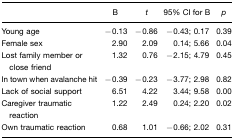
<table><thead><tr><td></td><td><b>B</b></td><td><b><i>t</i></b></td><td><b>95% CI for B</b></td><td><b><i>p</i></b></td></tr></thead><tbody><tr><td>Young age</td><td>−0.13</td><td>−0.86</td><td>−0.43; 0.17</td><td>0.39</td></tr><tr><td>Female sex</td><td>2.90</td><td>2.09</td><td>0.14; 5.66</td><td>0.04</td></tr><tr><td>Lost family member or close friend</td><td>1.32</td><td>0.76</td><td>−2.15; 4.79</td><td>0.45</td></tr><tr><td>In town when avalanche hit</td><td>−0.39</td><td>−0.23</td><td>−3.77; 2.98</td><td>0.82</td></tr><tr><td>Lack of social support</td><td>6.51</td><td>4.22</td><td>3.44; 9.58</td><td>0.00</td></tr><tr><td>Caregiver traumatic reaction</td><td>1.22</td><td>2.49</td><td>0.24; 2.20</td><td>0.02</td></tr><tr><td>Own traumatic reaction</td><td>0.68</td><td>1.01</td><td>−0.66; 2.02</td><td>0.31</td></tr></tbody></table>